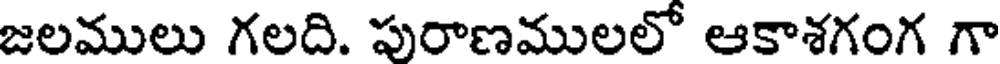
జలములు గలది. పురాణములలో ఆకాశగంగ గా